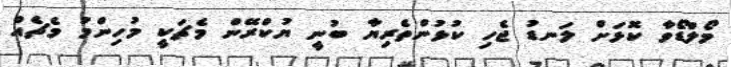
މޯލްޑޯވާ ކޮޅަށް ލަނޑު ޖެހި ކުޅުންތެރިޔާ ބުނީ ޔުކްރޭން މެޗަކީ މުހިންމު މެޗެއް